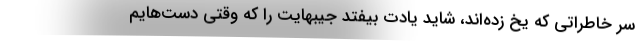
سر خاطراتی که یخ زده‌اند، شاید یادت بیفتد جیبهایت را که وقتی دست‌هایم